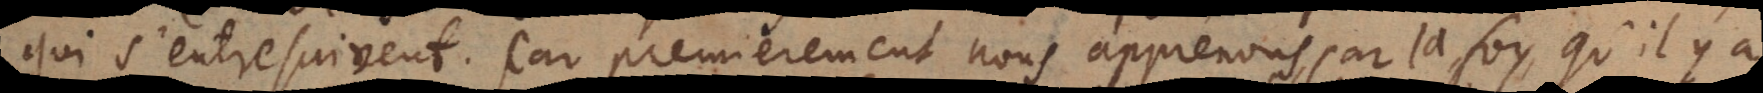
s’entresuivent. Car premierement nous apprenons par la foy, qu’il y a